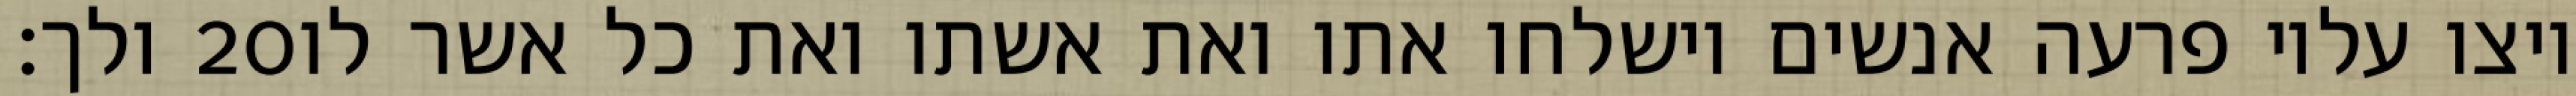
ולך׃ ‎20‏ ויצו עליו פרעה אנשים וישלחו אתו ואת אשתו ואת כל אשר לו